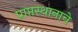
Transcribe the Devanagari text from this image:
प्राप्तस्थानाचे